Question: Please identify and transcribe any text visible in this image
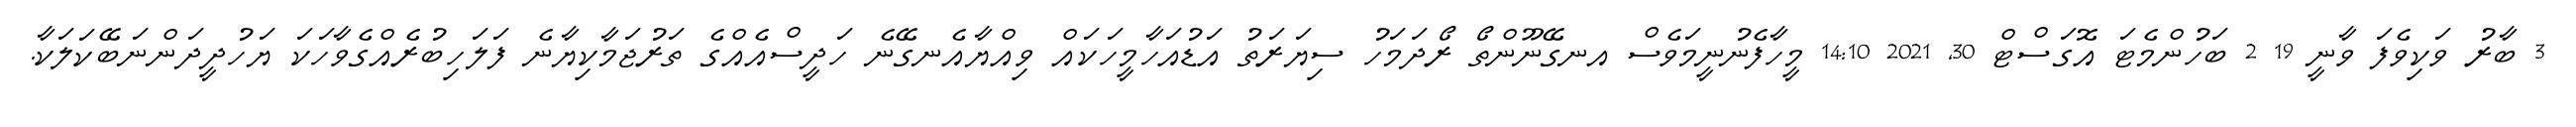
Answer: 3 ބާރު ވަކިވެފަ ވާނީ 19 2 ބަހުންމެޓަ އޮގަސްޓް 30, 2021 14:10 މީހާފެނުނީމަވެސް އނގޭނޫންތޯ ރޯދަމަހު ސިޔަރަތު އަޑުއަހާމީހަކައް ވިއްޔާއެނގޭނެ ހަދީސްއެއްގެ ތަރުޖަމާކިޔާނެ ފަލަހިބުރެއްގެވާހަކަ ޔަހުދީދަންނަބޭކަލަކާ.